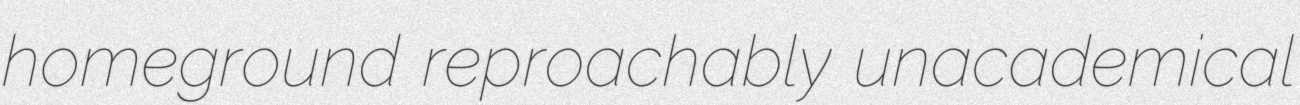
homeground reproachably unacademical